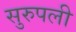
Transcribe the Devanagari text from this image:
सुरुपली